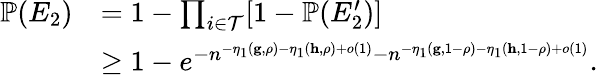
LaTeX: \begin{array}{rl}{{\mathbb P}(E_{2})}&{=1-\prod_{i\in\mathcal{T}}[1-{\mathbb P}(E_{2}^{\prime})]}\\ &{\geq 1-e^{-n^{-\eta_{1}(\mathbf{g},\rho)-\eta_{1}(\mathbf{h},\rho)+o(1)}-n^{-\eta_{1}(\mathbf{g},1-\rho)-\eta_{1}(\mathbf{h},1-\rho)+o(1)}}.}\end{array}